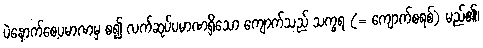
ပဲနောက်စေ့ပမာဏမှ စ၍ လက်ဆုပ်ပမာဏရှိသော ကျောက်သည် သက္ခရ (= ကျောက်စရစ်) မည်၏၊